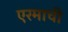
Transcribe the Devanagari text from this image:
एरमाची